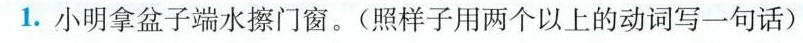
1.小明拿盆子端水擦门窗。(照样子用两个以上的动词写一句话)